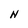
Character: N